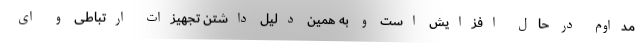
مداوم در حال افزایش است و به همین دلیل داشتن تجهیزات ارتباطی و ای